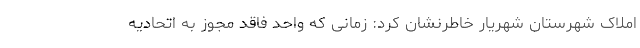
املاک شهرستان شهریار خاطرنشان کرد: زمانی که واحد فاقد مجوز به اتحادیه